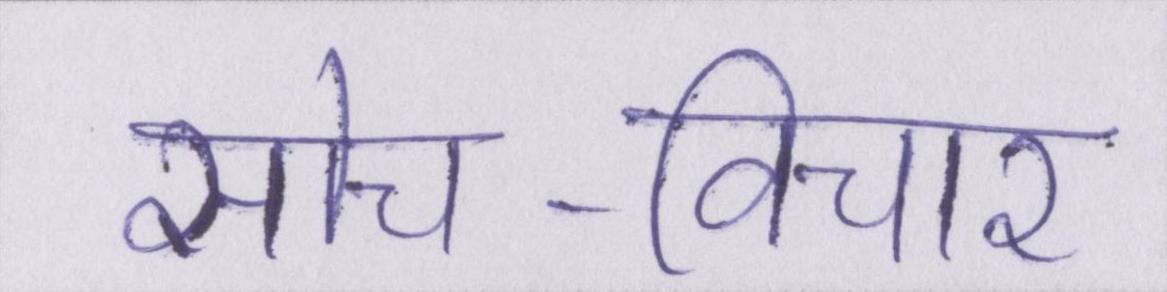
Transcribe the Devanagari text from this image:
सोच-विचार